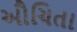
ઔચિતા